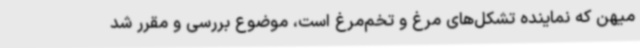
میهن که نماینده تشکل‌های مرغ و تخم‌مرغ است، موضوع بررسی و مقرر شد